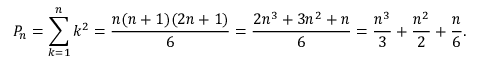
P _ { n } = \sum _ { k = 1 } ^ { n } k ^ { 2 } = { \frac { n ( n + 1 ) ( 2 n + 1 ) } { 6 } } = { \frac { 2 n ^ { 3 } + 3 n ^ { 2 } + n } { 6 } } = { \frac { n ^ { 3 } } { 3 } } + { \frac { n ^ { 2 } } { 2 } } + { \frac { n } { 6 } } .